King Institute of Preventive Medicine Bacteriolog. Section reports 1907-08
Year: 1907
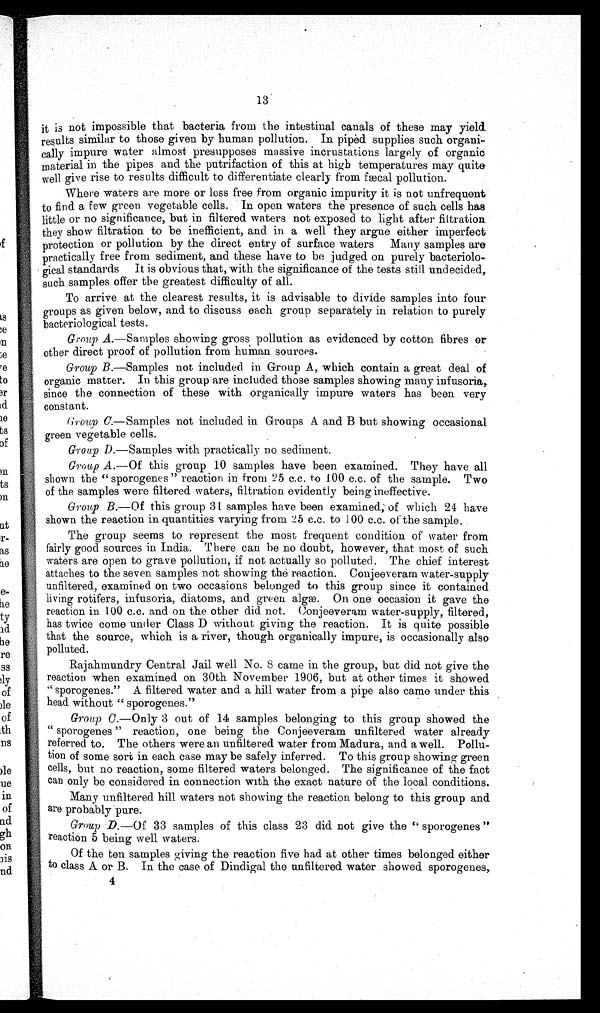
13
it is not impossible that bacteria from the intestinal canals of these may yield..
results similar to those given by human pollution. In piped supplies such
organi cally impure water almost presupposes massive incrustations largely of organic
material in the pipes and the putrifaction of this at high temperatures may quite.
well give rise to results difficult to differentiate clearly from fæcal pollution,
Where waters are more or loss free from organic impurity it is not unfrequent
to find a few green vegetable cells. In open waters the presence of such cells has
little or no significance, but in filtered waters not exposed to light after filtration
they show filtration to be inefficient, and in a well they argue either imperfect
protection or pollution by the direct entry of surface waters Many samples are
practically free from sediment, and these have to be judged on purely bacteriolo-
gical standards It is obvious that, with the significance of the tests still undecided,
such samples offer the greatest difficulty of all.
To arrive at the clearest results, it is advisable to divide samples into four.
groups as given below, and to discuss each group separately in relation to purely
bacteriological tests.
Group A.—Samples showing gross pollution as evidenced by cotton fibres or
other direct proof of pollution from human sources.
Group B.—Samples not included in Group A, which contain a great deal of
organic matter. In this group are included those samples showing many infusoria,.
since the connection of these with organically impure waters has been very
constant.
Group C.—Samples not included in Groups A and B but showing occasional.
green vegetable cells.
Group D.—Samples with practically no sediment.
Group A.—Of this group 10 samples have been examined. They have all
shown the "sporogenes " reaction in from 25 c.c. to 1.00 c.c. of the sample. Two
of the samples were filtered waters, filtration evidently being ineffective.
Group B.—Of this group 31 samples have been examined, of which 24 have
shown the reaction in quantities varying from 25 c.c. to 100 c.c. of the sample.
The group seems to represent the most frequent condition of water from
fairly good sources in India. There can he no doubt, however, that most of such
waters are open to grave pollution, if not actually so polluted. The chief interest
attaches to the seven samples not showing the reaction. Conjeeveram water-supply
unfiltered, examined on two occasions belonged to this group since it contained
living rotifers, infusoria, diatoms, and green algæ. On one occasion it gave the
reaction in 100 c.c. and on the other did net. Conjeeveram water-supply, filtered,
has twice come under Class D without giving the reaction. It is quite possible
that the source, which is a river, though organically impure, is occasionally also
polluted.
Rajahmundry Central Jail well No. 8 came in the group, but did not give the
reaction when examined on 30th November 1906, but at other times it showed
" sporogenes." A filtered water and a hill water from a pipe also came under this
head without " sporogenes."
Group C.—Only 3 out of 14 samples belonging to this group showed the
" sporogenes " reaction, one being the Conjeeveram unfiltered water already-
referred to. The others were an unfiltered water from Madura, and a well. Pollu-
tion of some sort in each case may be safely inferred. To this group showing green
cells, but no reaction, some filtered waters belonged. The significance of the fact
can only be considered in connection with the exact nature of the local conditions.
Many unfiltered hill waters not showing the reaction belong to this group and
I
are probably pure.
Group D.—Of 33 samples of this class 23 did not give the sporogenes "
reaction 5 being well waters.
Of the ten samples giving the reaction five had at other times belonged either
to class A or B. In the case of Dindigal the unfiltered water showed sporogenes,
4